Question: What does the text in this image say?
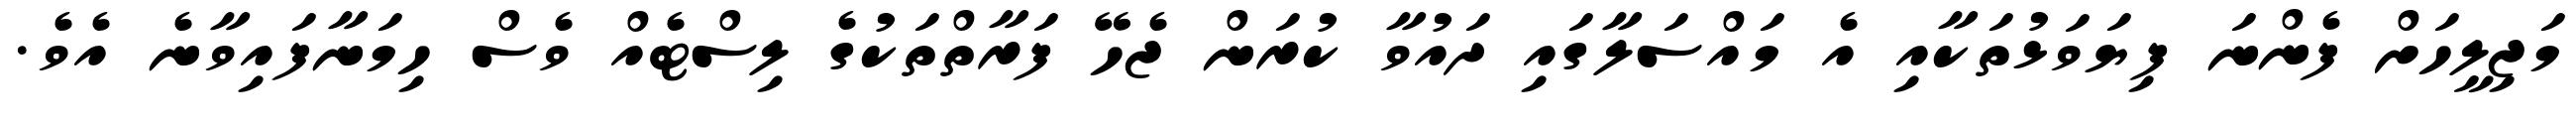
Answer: މަޖިލީހަށް ފެންނަ ފިޔަވަޅުތަކާއި އެ މައްސަލާގައި ދައުވާ ކުރަން ޖެހޭ ފަރާތްތަކުގެ ލިސްޓެއް ވެސް ހިމަނާފައިވާނެ އެވެ.